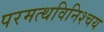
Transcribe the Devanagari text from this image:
परमत्थविनिश्चय